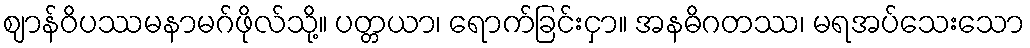
ဈာန်ဝိပဿမနာမဂ်ဖိုလ်သို့။ ပတ္တယာ၊ ရောက်ခြင်းငှာ။ အနဓိဂတဿ၊ မရအပ်သေးသော